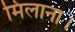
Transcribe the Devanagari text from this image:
मिलाना।